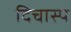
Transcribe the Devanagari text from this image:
दिचास्प